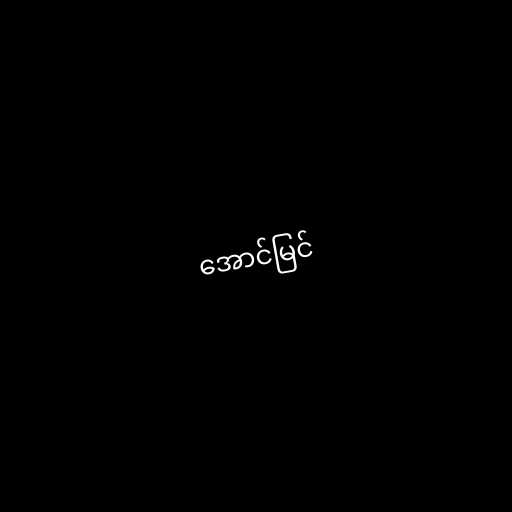
အောင်မြင်